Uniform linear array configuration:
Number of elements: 4
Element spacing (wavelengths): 0.75
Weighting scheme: blackman
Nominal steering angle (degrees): -30
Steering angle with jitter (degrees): -28.739
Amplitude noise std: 0.05
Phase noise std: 0.05

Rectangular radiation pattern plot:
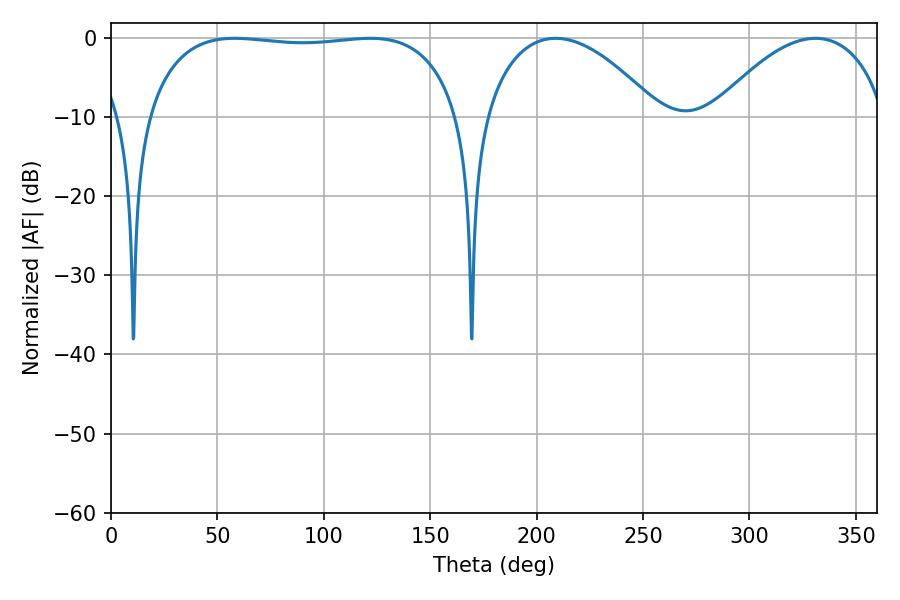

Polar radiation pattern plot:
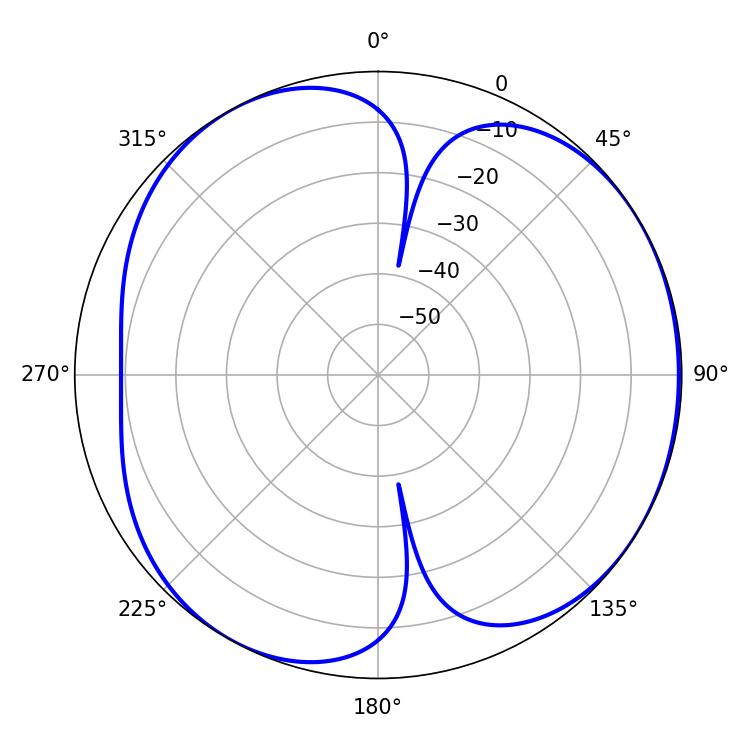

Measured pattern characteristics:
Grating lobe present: TRUE
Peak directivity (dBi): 4.744
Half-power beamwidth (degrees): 117.72
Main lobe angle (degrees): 58.14